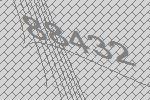
88432